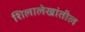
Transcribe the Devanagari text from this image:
शिलालेखांतील